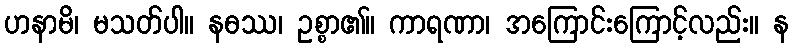
ဟနာမိ၊ မသတ်ပါ။ နဓဿ၊ ဥစ္စာ၏။ ကာရဏာ၊ အကြောင်းကြောင့်လည်း။ န